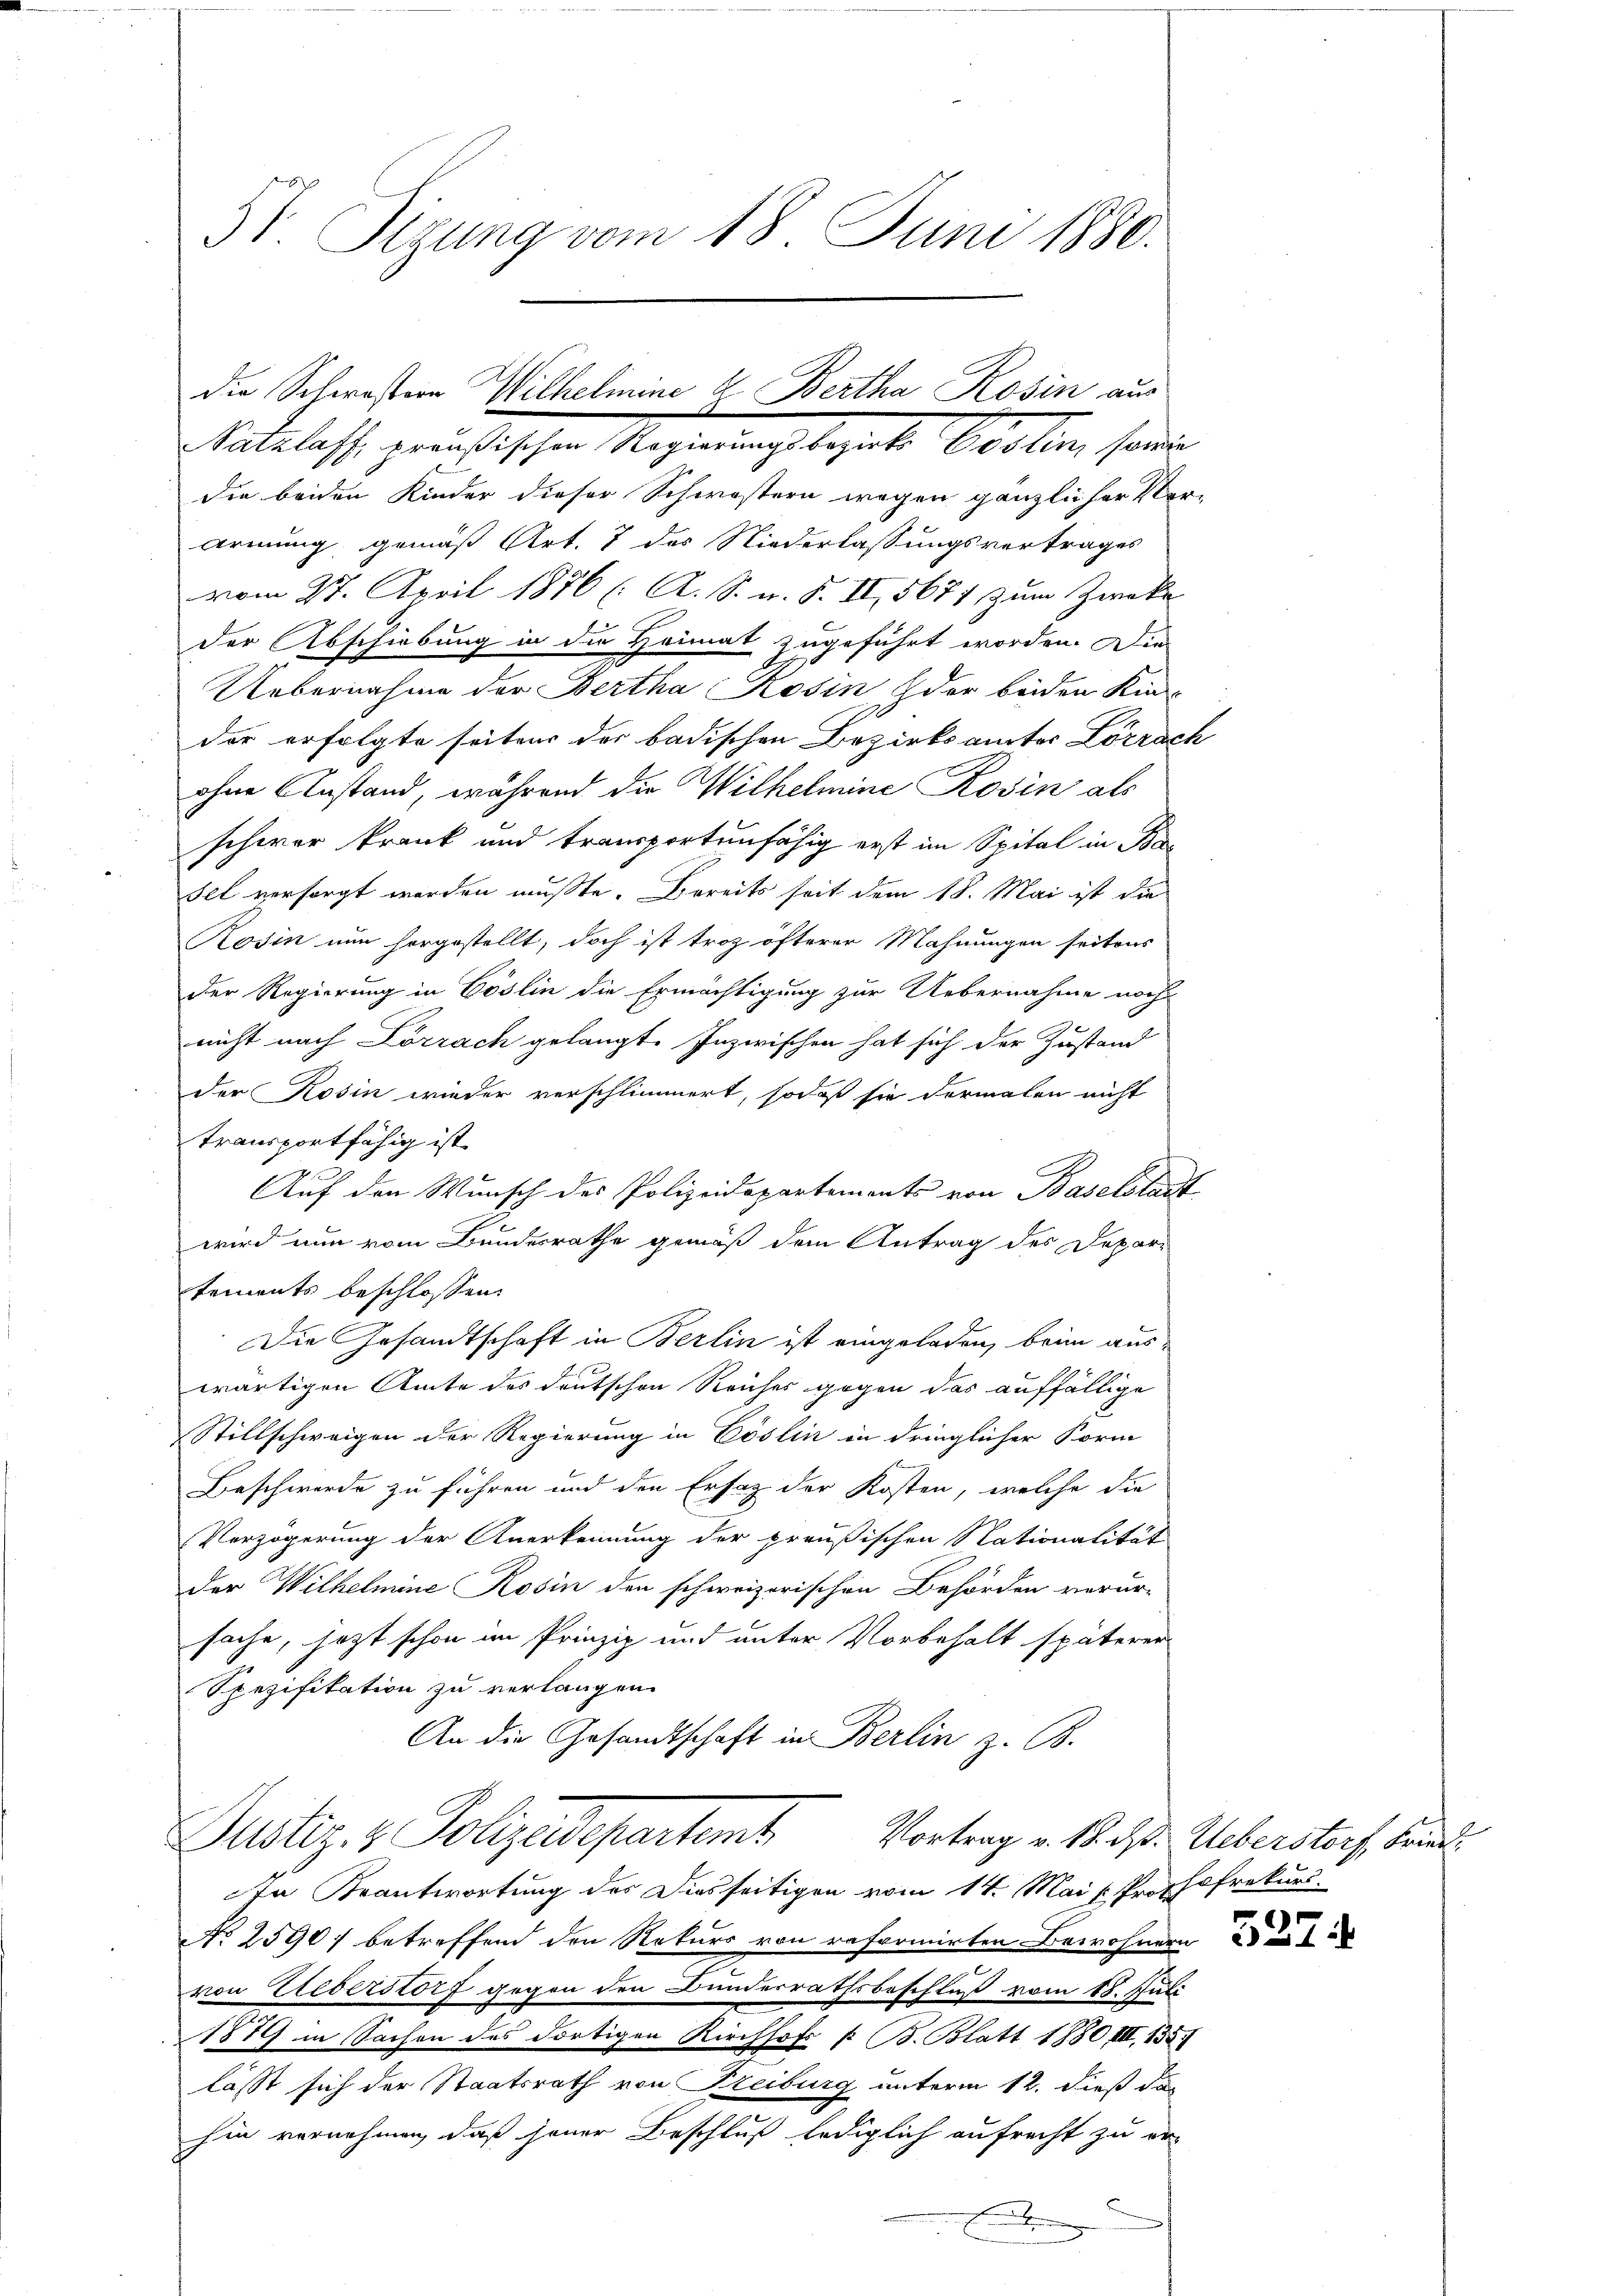
51. Sizung vom 18. Juni 1880.

die beiden Kinder dieser Schwöstern wegen gänzlicher Vor-
armung gemäß Art. 7 des Niederlassungsvertrages
vom 27. April 1876 (: A. S. u. S. II, 5671 zum Zwecke
der Abschiebung in die Heimat zugeführt worden. Die
Uebernahme der Bertha Rosin, der beiden Kin
der erfolgte seiten der badischen Bezirksamter Lörrac
ohne Anstand, während die Wilhelmine Rosin als
schwer krank und transportunfähig erst im Spital in Basel versorgt worden mußte. Bereits seit dem 18. Mai ist die
Rosin nun horgestellt, doch ist troz öfterer Mahnungen seitens
der Regierung in Göslin die Ermächtigung zur Uebernahme noch
nicht nach Lörrach gelangt. Inzwischen hat sich der Zustand
der Rosin wieder verschlimmert, sodaß sie dormalen nicht
transportfähig ist
g
Auf den Wunsch des Polizeidepartements von Baselstanz
wird nun vom Bundesrathe gemäß dem Antrag des Departements beschlossen:
Die Gesandtschaft in Berlin ist eingeladen, beim aus-
wärtigen Amte des deutschen Reiches gegen das auffällige
Stillschweigen der Regierung in Pöslin in dringlicher Form
s
Beschwerde zu führen und den Ersatz der Kosten, welche die
Verzögerung der Anerkennung der preußischen Nationalität
der Wilhelmine Rosin den schweizerischen Behörden verur-
sache, jezt schon im Prinzip und unter Vorbehalt späterer
Spezifikation zu verlangen.
An die Gesandtschaft in Berlin z. B.
Justiz- & Polizeidepartemt Vortrag v. 18. d. Ueberstorf, Hand
In Beantwortung des Diesseitigen vom 14. Mai [ Profhofrekurs-
No 25907 betreffend den Rekurs von reformirten Bewohnern
von Lieberstorf gegen den Bunderrathsbeschluß vom 18. Juli
1879 in Sachen des dortigen Kirchhof /: B. Blatt 1880 III, 135
lässt sich der Staatsrath von Freiburg unterm 12. dieß das
hin vornehmen, daß jener Beschluß lediglich aufrecht zu er¬
B

die Schwistern Wilhelmine 2. Bertha Rosin aus
Nachlasse genößischen Regierung legate Carten, seine

2

h